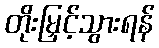
တိုးမြှင့်သွားရန်